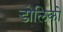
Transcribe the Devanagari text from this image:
डोलिको